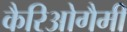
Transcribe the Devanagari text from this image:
कैरिओगैमी